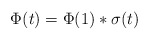
\begin{align*}\Phi(t) = \Phi(1) * \sigma(t)\end{align*}